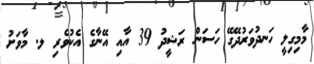
މާމިގިލީ ހަނދުވަރުދޭގޭ ހަސަން ރަޝީދު 39 އާއި އޭނާގެ އެކުވެރި ލ. މާވަށު